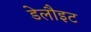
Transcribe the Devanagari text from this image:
डेलौइट